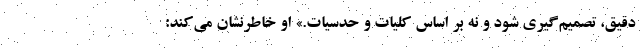
دقیق، تصمیم‌گیری شود و نه بر اساس کلیات و حدسیات.» او خاطرنشان می‌کند: